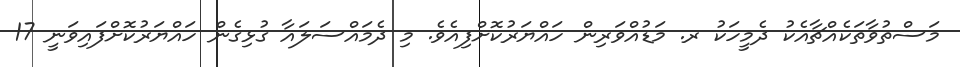
މަސްތުވާތަކެއްޗާއެކު ދެމީހަކު ރ. މަޑުއްވަރިން ހައްޔަރުކޮށްފިއެވެ. މި ދެމައްސަލައާ ގުޅިގެން ހައްޔަރުކޮށްފައިވަނީ 17